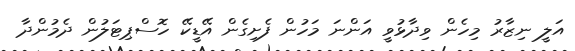
އަލީ ނިޒާރު މިހެން ވިދާޅުވީ އަންނަ މަހުން ފެށިގެން އޭޑީކޭ ހޮސްޕިޓަލުން ދެމުންދާ